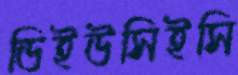
ডিইউসিইসি